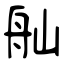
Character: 舢